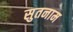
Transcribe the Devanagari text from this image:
सुतनाम